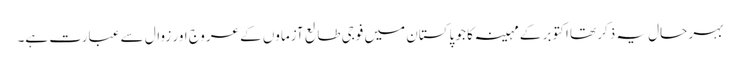
بہر حال یہ ذکر تھا اکتوبر کے مہینہ کا جو پاکستان میں فوجی طالع آزماوں کے عروج اور زوال سے عبارت ہے۔